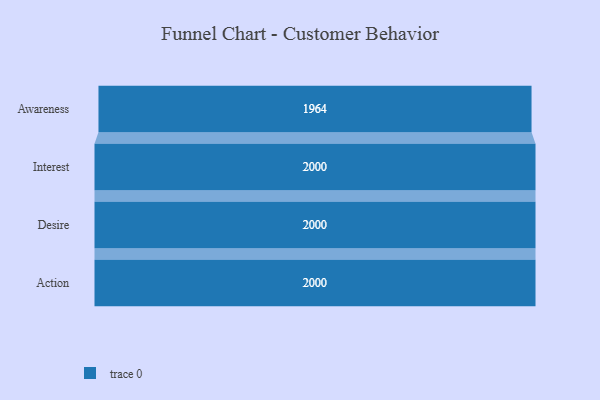
{"axis": {"x": "Stage", "y": "Value"}, "legend": [""], "data": [{"x": "Awareness", "y": 1964.0, "type": ""}, {"x": "Interest", "y": 2000, "type": ""}, {"x": "Desire", "y": 2000, "type": ""}, {"x": "Action", "y": 2000, "type": ""}]}